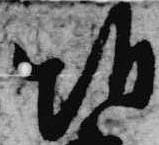
朝